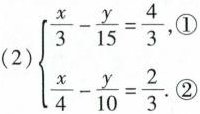
(2)$$\left\{ \begin{matrix} \frac{x}{3}- \frac{y}{15}= \frac{4}{3}, ①\\ \frac{x}{4}- \frac{y}{10}= \frac{2}{3}. ② \end{matrix} \right.$$